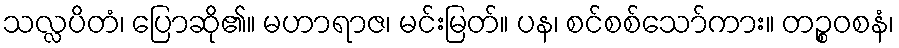
သလ္လပိတံ၊ ပြောဆို၏။ မဟာရာဇ၊ မင်းမြတ်။ ပန၊ စင်စစ်သော်ကား။ တဉ္စဝစနံ၊